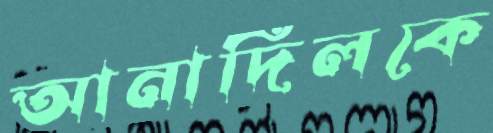
আনাদিলকে